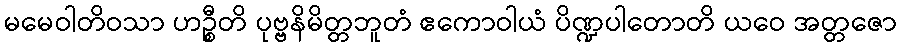
မမေဝါတိဝသာ ဟဉ္စီတိ ပုဗ္ဗနိမိတ္တဘူတံ ဧကောဝါယံ ပိဏ္ဍပါတောတိ ယဝေ အတ္တဇော